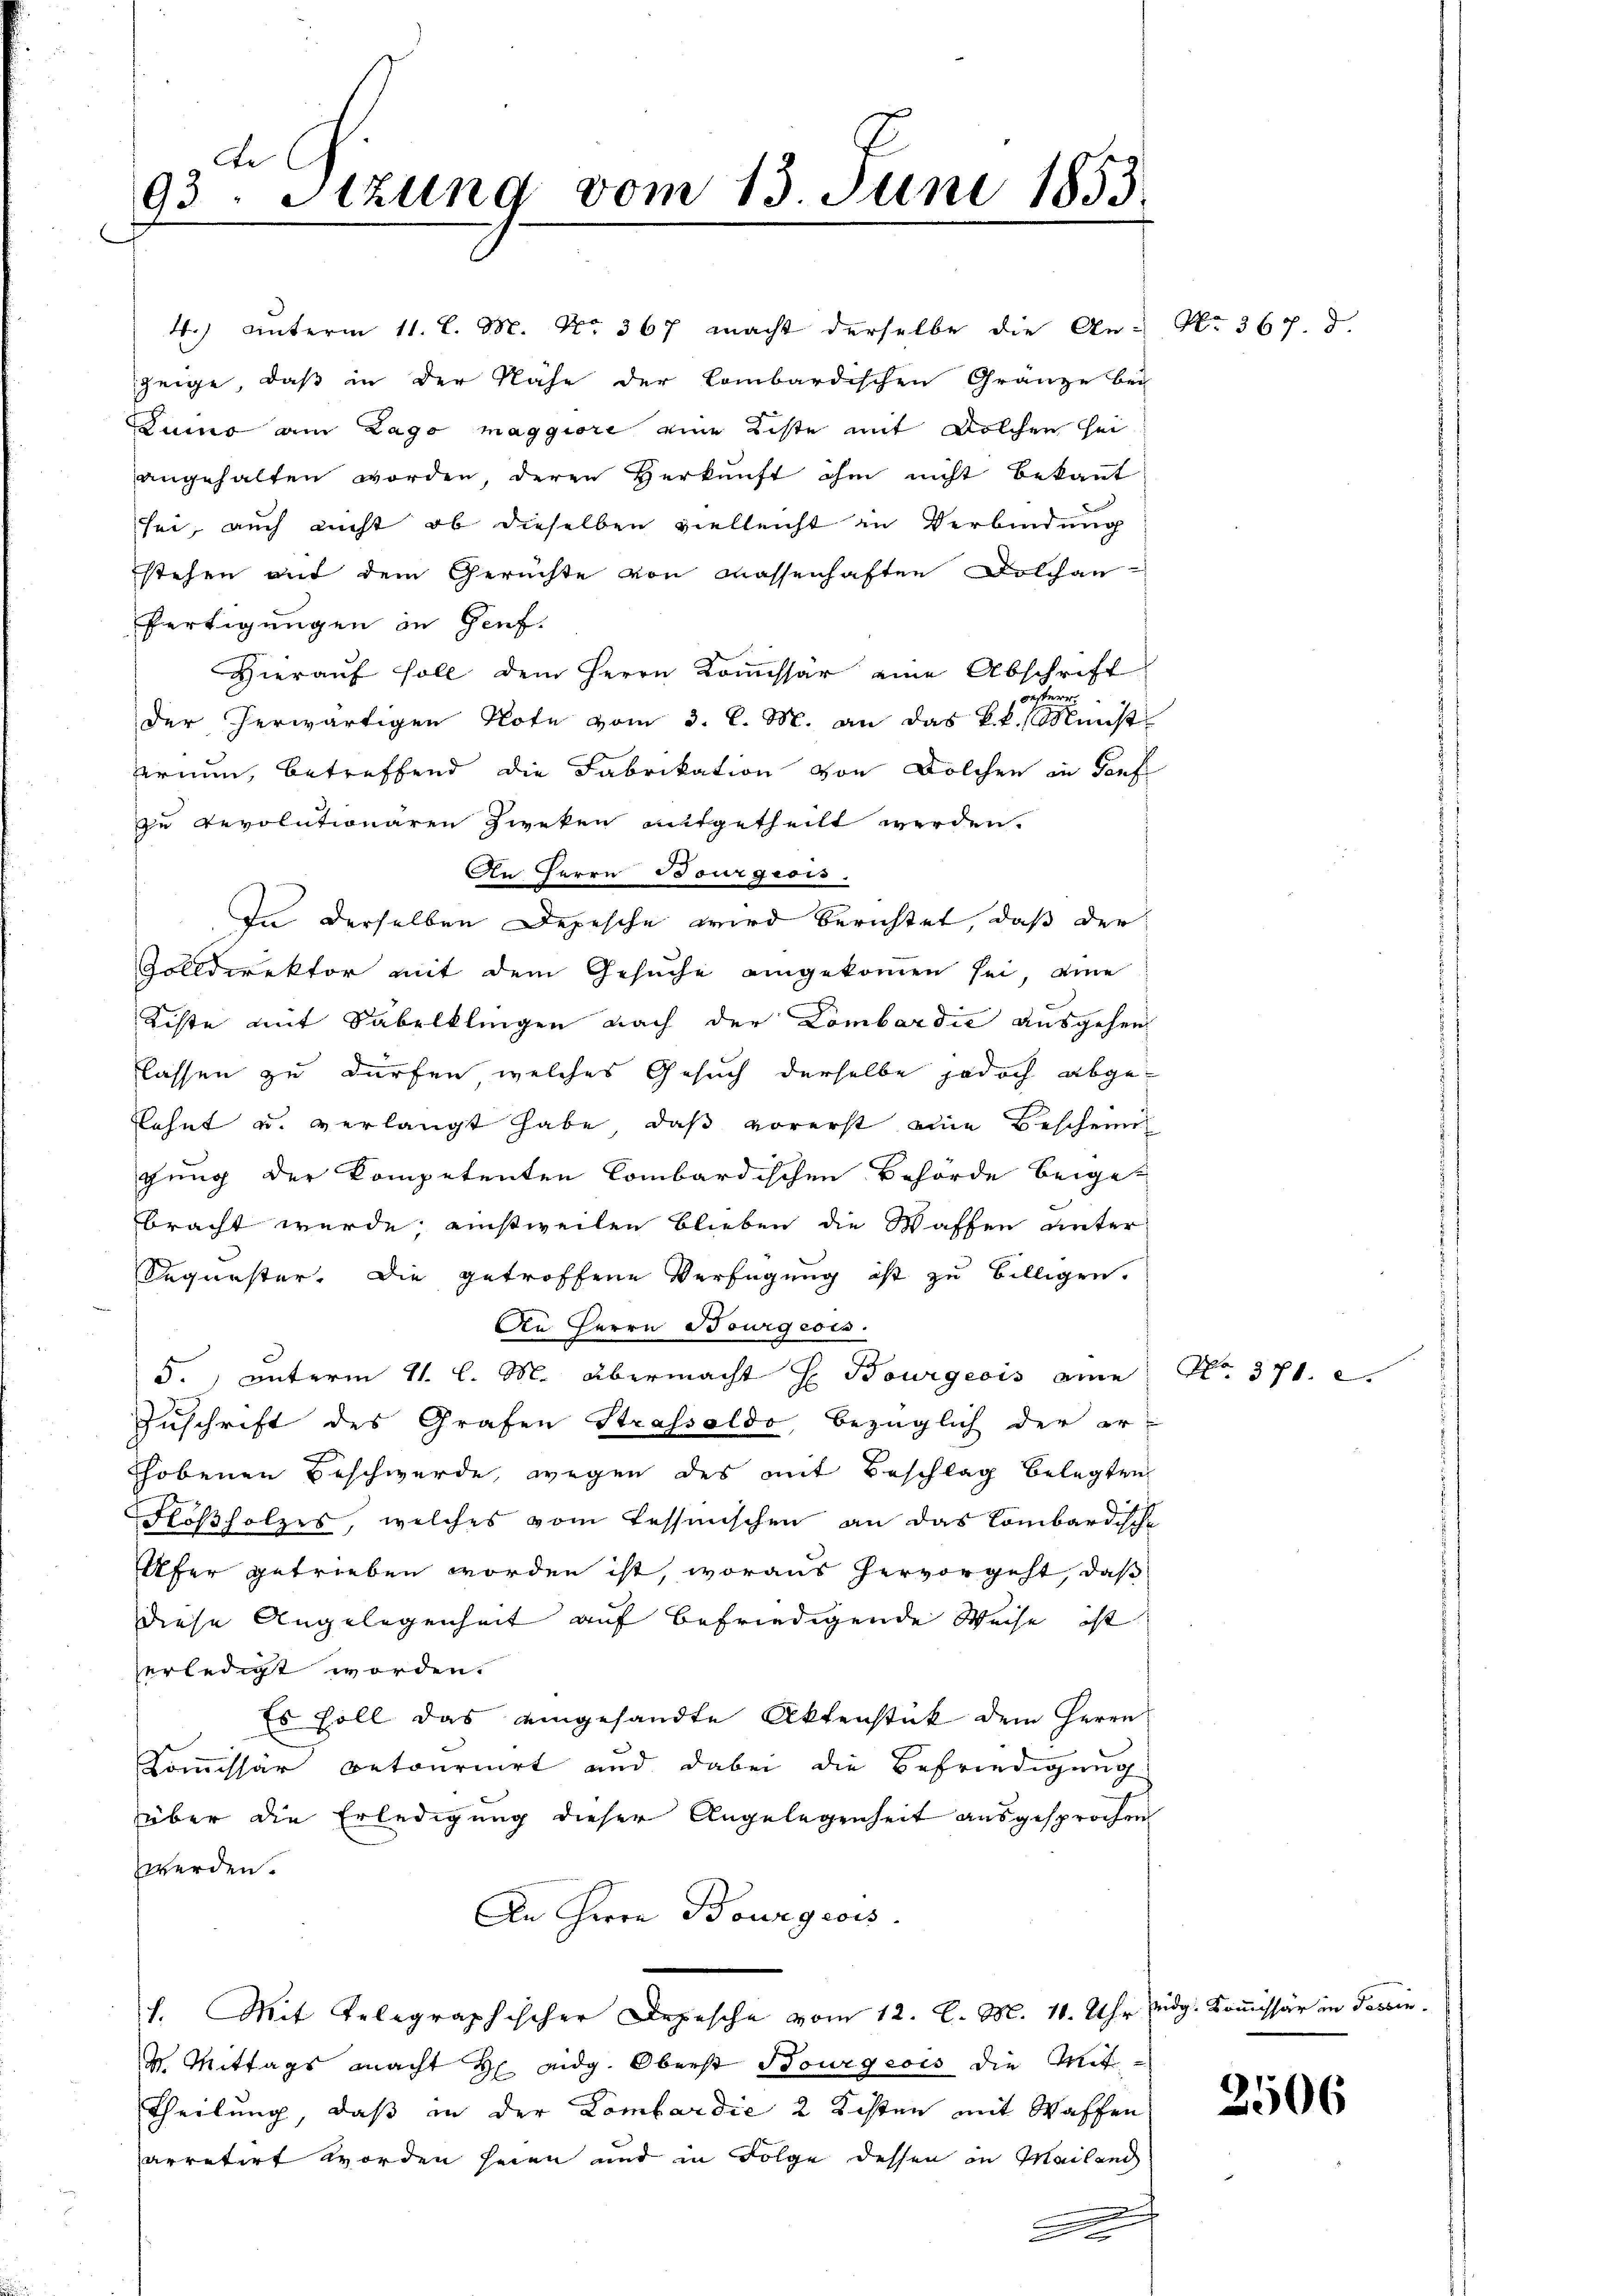
de
93. Stzung vom 13. Juni 1853.

zeige, daß in der Nähe der Lombardischen Gränze bei
Luino am Zago maggiore eine Liste mit Wolchen sei
angehalten worden, deren Herkunft ihm nicht bekannt
sei, auch nicht ob dieselben vielleicht in Verbindung
stehen auf dem Gerichte von Massenhaften Dolchanfertigungen in Genf.
Hieraŭf soll dem Herrn Koṁissär eine Abschrift
örsterr
der herwärtigen Note vom 3. l. M. an das k.k. Münst
ernun, betreffend die Fabrikation von Solchen in Torf
zu Revolutionären Zweken aufgetheilt werden.
An Herrn Bourgicis.
In derselben Depesche wird berichtet, daß der
Zolldirektor mit dem Gesuche eingekommen sei, eine
Liste mit Säbelklingen nach der Lombardić ausgehen
lassen zu dürfen, welches Gesuch derselbe jedoch abgekehnt u. verlangt habe, daß vorerst eine Bescheine
gung der Kompetenten Combardischen Behörde beiget
bracht wurde, einstweilen blieben die Waffen unter
Auguster. Die getroffene Verfügung ist zu billigen.
An Herrn Bourgeois.
5., unterm 11. l. M. übermacht H Bourgeois am No. 371. 2.
Zuschrift des Grafen Strasseldo, bezüglich der er-
hobenen Beschwerde, wegen des mit Beschlag belegten
Flößholzes, welches vom Tessinischen an das Lombardische
Ufer getrieben worden ist, woraus hervorgeht, daß
diese Angelegenheit auf befriedigende Weise ist
erledigt worden.
Es soll das eingesandte Aktenstück dem Herrn
Kommissär betournirt und dabei die Befriedigung
über die Erledigung dieser Angelegenheit ausgesprochen
werden.
An Herrn Bourgeois
1. Mit Telegraphischer Depesche vom 12. l. M. 11. Uhr eidg. Kommissär in Tessin.
 Mittags macht Haidg. Oberst Bourgeois die Mit¬
Theilung, daß in der Lombardie 2 Kisten mit Waffen
arretirt worden seien und in Folge dessen in Mailand
.
De

4.) Unterm 11. l. M. No. 367 macht derselbe die An- No. 367. d.

2506